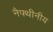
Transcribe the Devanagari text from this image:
नैफ्थीनीय